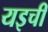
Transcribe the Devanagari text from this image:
यइची